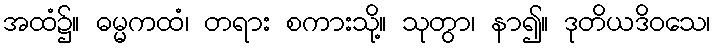
အထံ၌။ ဓမ္မကထံ၊ တရား စကားသို့။ သုတွာ၊ နာ၍။ ဒုတိယဒိဝသေ၊